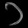
Digit: ၁